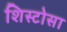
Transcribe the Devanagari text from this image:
शिस्टोसा